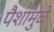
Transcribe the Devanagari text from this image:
पैशामुळे